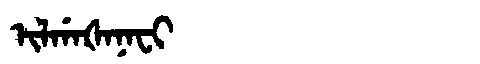
Manchu: ᡳᠯᡤᠠᡧᠠᠨᠠᠸᡳ
Romanization: ILGAŠANAFI